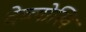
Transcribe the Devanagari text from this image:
देव्लोखि